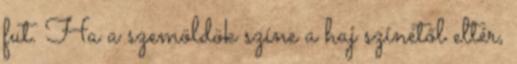
fut. Ha a szemöldök színe a haj színétől eltér,